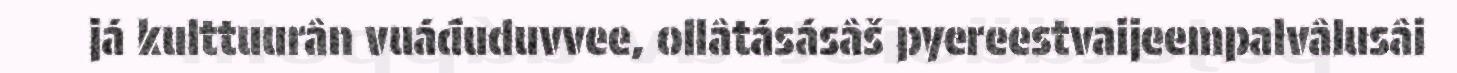
já kulttuurân vuáđuduvvee, ollâtásásâš pyereestvaijeempalvâlusâi